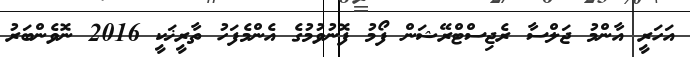
އަހަރީ އާންމު ޖަލްސާ ރެޖިސްޓްރޭޝަން ފޯމު ފޮނުވުމުގެ އެންމެފަހު ތާރީޚަކީ 2016 ނޮވެންބަރު